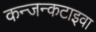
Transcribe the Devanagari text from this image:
कन्जन्कटाइवा